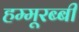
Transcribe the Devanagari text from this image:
हम्मूरब्बी